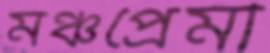
মঞ্চপ্রেমী